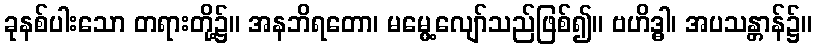
ခုနစ်ပါးသော တရားတို့၌။ အနဘိရတော၊ မမွေ့လျော်သည်ဖြစ်၍။ ဗဟိဒ္ဓါ၊ အပသန္တာန်၌။